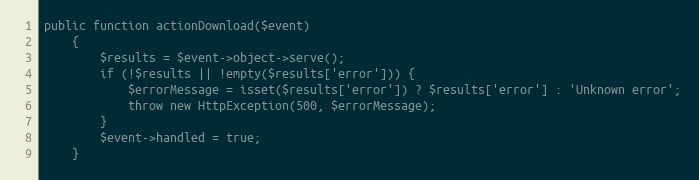
Language: PHP
public function actionDownload($event)
    {
        $results = $event->object->serve();
        if (!$results || !empty($results['error'])) {
            $errorMessage = isset($results['error']) ? $results['error'] : 'Unknown error';
            throw new HttpException(500, $errorMessage);
        }
        $event->handled = true;
    }